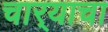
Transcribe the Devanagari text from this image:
चार्‍याचा